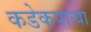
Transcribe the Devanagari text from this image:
कडेकपाऱ्या